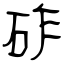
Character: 砟